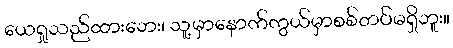
ယေရှုသည်ထားဘေး၊ သူ့မှာနောက်ကွယ်မှာစစ်တပ်မရှိဘူး။